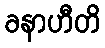
ခနာဟီတိ